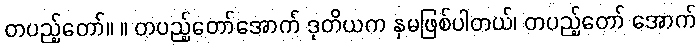
တပည့်တော်။ ။ တပည့်တော်အောက် ဒုတိယက နှမဖြစ်ပါတယ်၊ တပည့်တော် အောက်